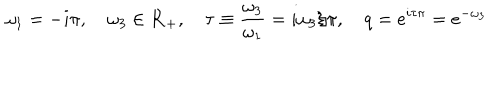
\omega _ { 1 } = - i \pi , \quad \omega _ { 3 } \in { \bf R } _ { + } , \quad \tau \equiv { \frac { \omega _ { 3 } } { \omega _ { 1 } } } = i \omega _ { 3 } / \pi , \quad q = e ^ { i \tau \pi } = e ^ { - \omega _ { 3 } }